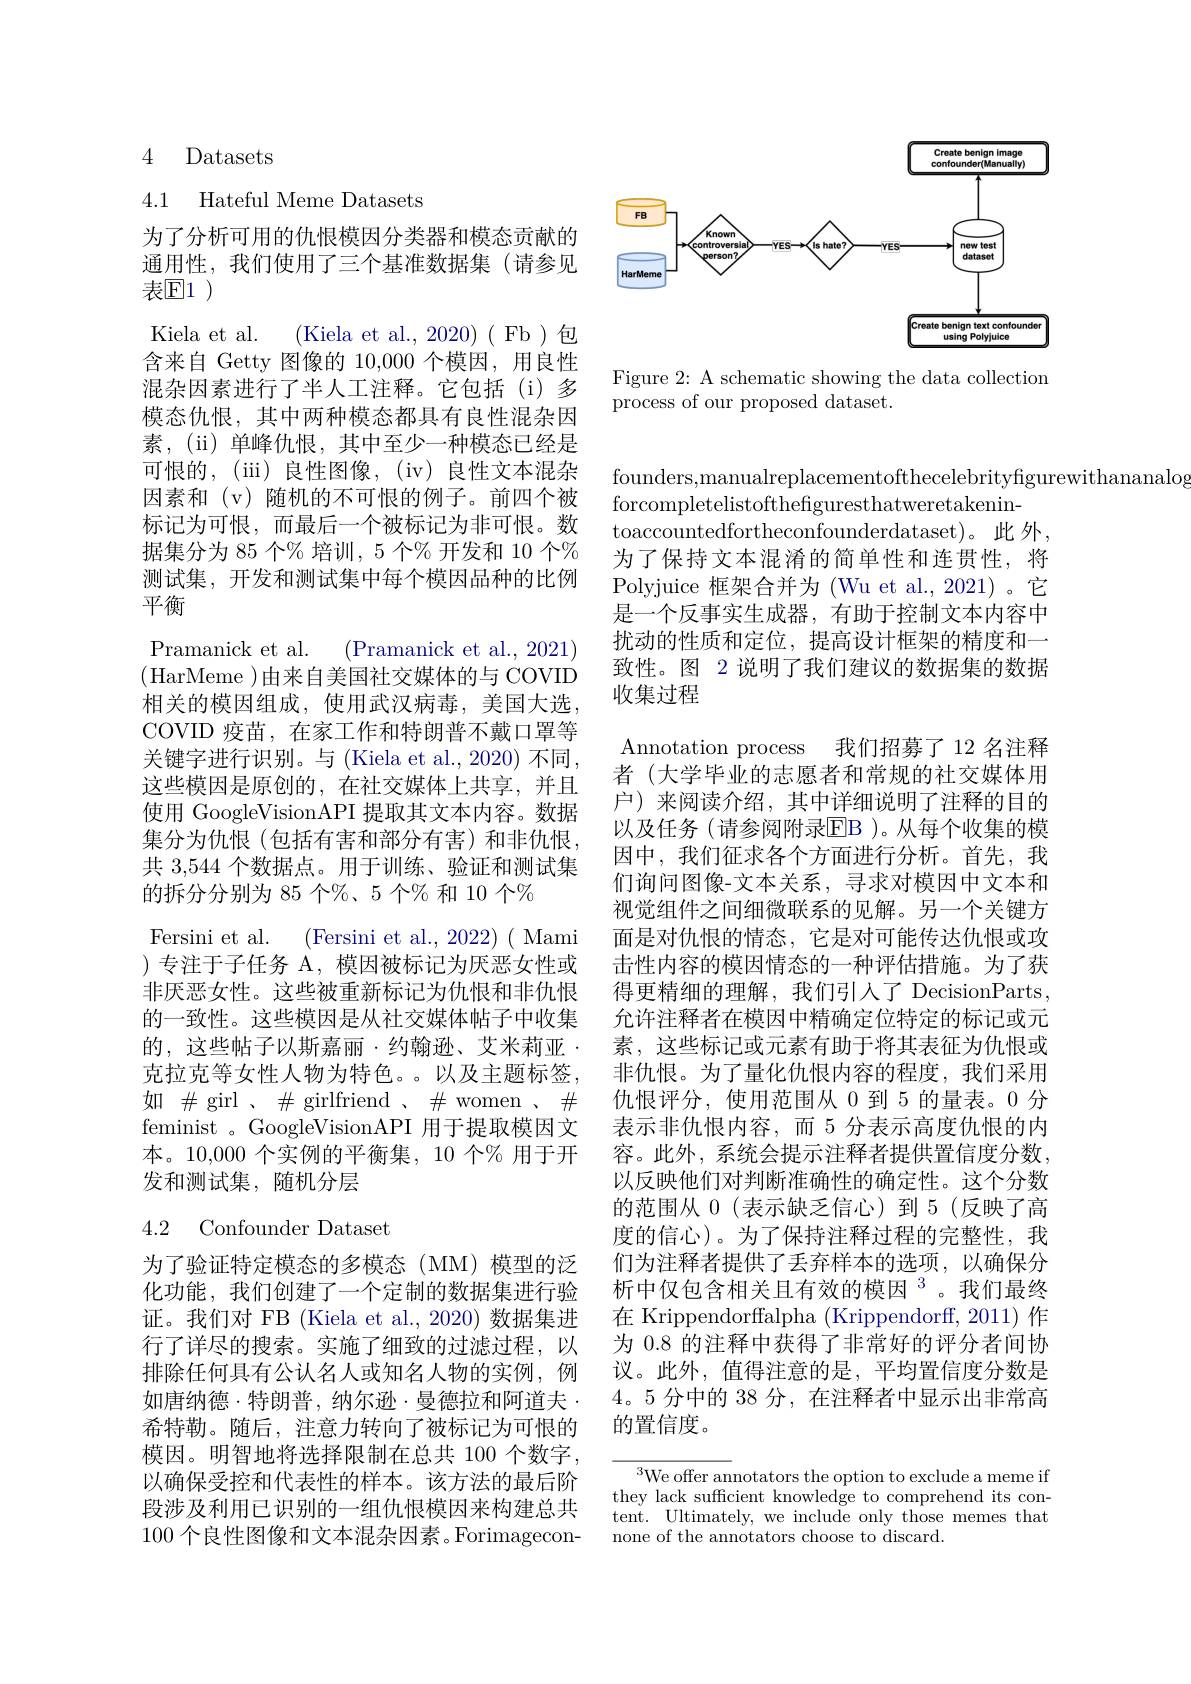
<FigureHere>

Figure 2: A schematic showing the data collection
process of our proposed dataset.

## 4 Datasets

4.1 Hateful Meme Datasets

为了分析可用的仇恨模因分类器和模态贡献的通用性，我们使用了三个基准数据集(请参见表$\mathbb{E}1$
Kiela et al. (Kiela et al., 2020)( Fb)包含来自 Getty 图像的 10,000 个模因，用良性混杂因素进行了半人工注释。它包括(i)多模态仇恨，其中两种模态都具有良性混杂因素，(ii)单峰仇恨，其中至少一种模态已经是可恨的，(iii) 良性图像，(iv) 良性文本混杂因素和 (v) 随机的不可恨的例子。前四个被标记为可恨，而最后一个被标记为非可恨。数据集分为 85 个% 培训，5 个% 开发和 10 个% 测试集，开发和测试集中每个模因品种的比例平衡
Pramanick et al. (Pramanick et al., 2021) (HarMeme )由来自美国社交媒体的与 COVID 相关的模因组成，使用武汉病毒，美国大选COVID 疫苗，在家工作和特朗普不戴口罩等关键字进行识别。与 (Kiela et al., 2020) 不同， 这些模因是原创的，在社交媒体上共享，并且使用 GoogleVisionAPI 提取其文本内容。数据集分为仇恨(包括有害和部分有害)和非仇恨， 共 3,544 个数据点。用于训练、验证和测试集的拆分分别为 85 个%、5 个% 和 10 个%
Fersini et al. (Fersini et al., 2022)( Mami )专注于子任务 A, 模因被标记为厌恶女性或非厌恶女性。这些被重新标记为仇恨和非仇恨的一致性。这些模因是从社交媒体帖子中收集的，这些帖子以斯嘉丽·约翰逊、艾米莉亚· 克拉克等女性人物为特色。。以及主题标签如$\#$ girl $,\#$ girlfriend $,\#$women$,\#$ feminist 。GoogleVisionAPI 用于提取模因文本。10,000 个实例的平衡集，10 个% 用于开发和测试集，随机分层
4.2 Confounder Dataset

为了验证特定模态的多模态(MM)模型的泛化功能，我们创建了一个定制的数据集进行验证。我们对 FB (Kiela et al., 2020) 数据集进行了详尽的搜索。实施了细致的过滤过程，以排除任何具有公认名人或知名人物的实例，例如唐纳德·特朗普，纳尔逊·曼德拉和阿道夫· 希特勒。随后，注意力转向了被标记为可恨的模因。明智地将选择限制在总共 100 个数字， 以确保受控和代表性的样本。该方法的最后阶段涉及利用已识别的一组仇恨模因来构建总共100 个良性图像和文本混杂因素。Forimagecon-

founders,manualreplacementofthecelebrityfigurewithananalog
forcompletelistofthefiguresthatweretakenin-
toaccountedfortheconfounderdataset)。此外， 为了保持文本混淆的简单性和连贯性，将Polyjuice 框架合并为(Wu et al.,2021)。它是一个反事实生成器，有助于控制文本内容中扰动的性质和定位，提高设计框架的精度和一致性。图 2 说明了我们建议的数据集的数据收集过程

Annotation process 我们招募了 12 名注释者 (大学毕业的志愿者和常规的社交媒体用户) 来阅读介绍，其中详细说明了注释的目的以及任务(请参阅附录$\overline{\mathrm{EB}}$)。从每个收集的模因中，我们征求各个方面进行分析。首先，我们询问图像-文本关系，寻求对模因中文本和视觉组件之间细微联系的见解。另一个关键方面是对仇恨的情态，它是对可能传达仇恨或攻击性内容的模因情态的一种评估措施。为了获得更精细的理解，我们引人了 DecisionParts, 允许注释者在模因中精确定位特定的标记或元素，这些标记或元素有助于将其表征为仇恨或非仇恨。为了量化仇恨内容的程度，我们采用仇恨评分，使用范围从 0 到 5 的量表。0 分表示非仇恨内容，而 5 分表示高度仇恨的内容。此外，系统会提示注释者提供置信度分数， 以反映他们对判断准确性的确定性。这个分数的范围从0 (表示缺乏信心)到 5(反映了高度的信心)。为了保持注释过程的完整性，我们为注释者提供了丢弃样本的选项，以确保分析中仅包含相关且有效的模因$^{3}$。我们最终在 Krippendorffalpha (Krippendorff, 2011) 作为 0.8 的注释中获得了非常好的评分者间协议。此外，值得注意的是，平均置信度分数是4。5 分中的 38 分，在注释者中显示出非常高的置信度。

$^{3}$We offer annotators the option to exclude a meme if they lack sufficient knowledge to comprehend its content. Ultimately, we include only those memes that none of the annotators choose to discard